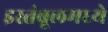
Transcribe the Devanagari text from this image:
इस्तंबूलमध्ये